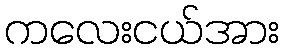
ကလေးငယ်အား